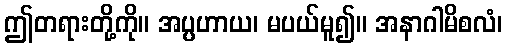
ဤတရားတို့ကို။ အပ္ပဟာယ၊ မပယ်မူ၍။ အနာဂါမိစလံ၊